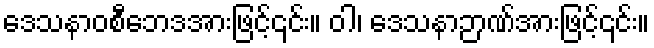
ဒေသနာဝစီဘေဒအားဖြင့်၎င်း။ ဝါ၊ ဒေသနာဉာဏ်အားဖြင့်၎င်း။